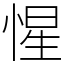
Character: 惺